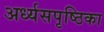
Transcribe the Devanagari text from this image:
अर्ध्यसपृष्ठिका